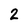
Character: 2